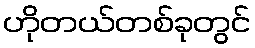
ဟိုတယ်တစ်ခုတွင်